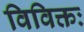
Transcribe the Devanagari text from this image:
विविक्तः